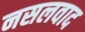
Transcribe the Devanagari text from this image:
नसलवाद